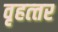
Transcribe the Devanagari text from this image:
वृहत्‍तर